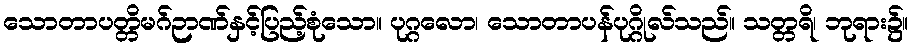
သောတာပတ္တိမဂ်ဉာဏ်နှင့်ပြည့်စုံသော။ ပုဂ္ဂလော၊ သောတာပန်ပုဂ္ဂိုလ်သည်။ သတ္တရိ၊ ဘုရား၌။